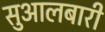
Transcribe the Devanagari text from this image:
सुआलबारी